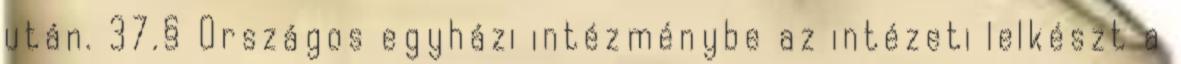
után. 37.§ Országos egyházi intézménybe az intézeti lelkészt a